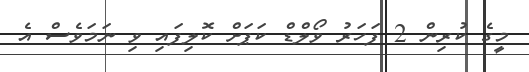
މީގެ ކުރިން 2 ފަހަރު ވޯލްޑް ކަޕަށް ކޮލިފައި ވި ނަމަވެސް އެ